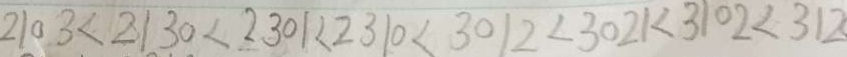
2 1 0 3 < 2 1 3 0 < 2 3 0 1 < 2 3 1 0 < 3 0 1 2 < 3 0 2 1 < 3 1 0 2 < 3 1 2